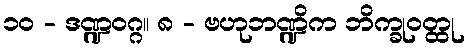
၁၀ - ဒဏ္ဍဝဂ္ဂ။ ၈ - ဗဟုဘဏ္ဍိက ဘိက္ခုဝတ္ထု